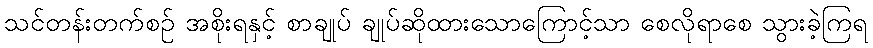
သင်တန်းတက်စဉ် အစိုးရနှင့် စာချုပ် ချုပ်ဆိုထားသောကြောင့်သာ စေလိုရာစေ သွားခဲ့ကြရ